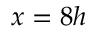
x = 8 h